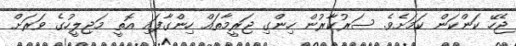
ޖެހޭ ކަންކަން ކަމަށެވެ. ސަރުކާރުން ހިންގި ޖަރީމާތައް ހިންގާފައި އޮތީ މަޖިލީހުގެ ވަރަށް